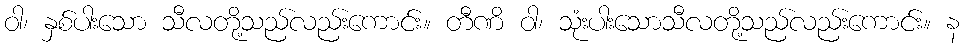
ဝါ၊ နှစ်ပါးသော သီလတို့သည်လည်းကောင်း။ တီဏိ ဝါ၊ သုံးပါးသောသီလတို့သည်လည်းကောင်း။ န